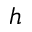
h